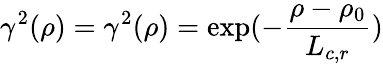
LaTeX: \gamma^{2}(\rho)=\gamma^{2}(\rho)=\exp(-\frac{\rho-\rho_{0}}{L_{c,r}})